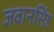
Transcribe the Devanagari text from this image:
जवानसिंह